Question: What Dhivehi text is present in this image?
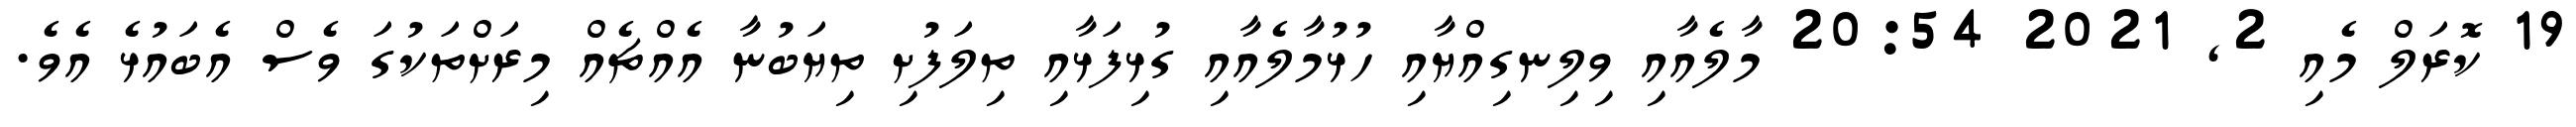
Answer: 19 ކޮރަލް މެއި 2, 2021 20:54 މާލެއާއި ވިލިނގިއްޔާއި ހުޅުމާލެއާއި ގުޅިފަޅާއި ތިލަފުށި ތިޔަބުނާ އެއްޗެއް މިރަށްތަކުގަ ވެސް އެބައުޅެ އެވެ.